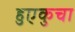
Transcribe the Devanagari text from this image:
हुएकुचा